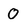
Character: O